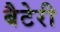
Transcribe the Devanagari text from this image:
बैटेरी